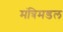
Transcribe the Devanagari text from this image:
मंत्रिमडल